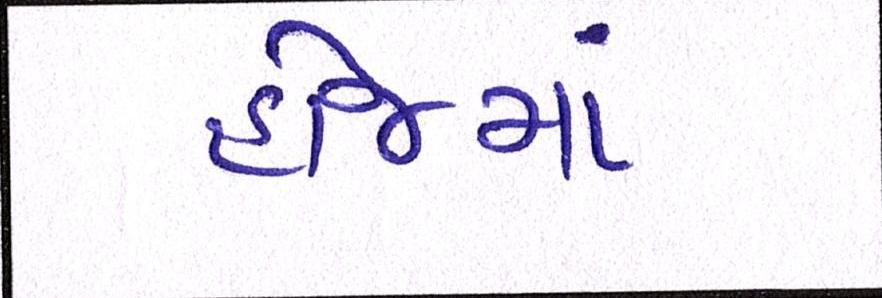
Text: હોજમાં